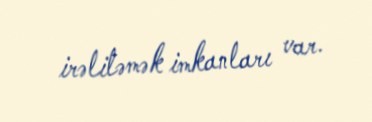
irəliləmək imkanları var.